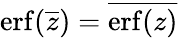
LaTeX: \operatorname{erf}({\overline{{z}}})={\overline{{\operatorname{erf}(z)}}}